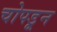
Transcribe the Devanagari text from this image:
चोपडून